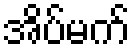
အိပ်မက်